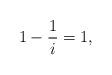
LaTeX: \begin{align*}1-\frac{1}{i}=1,\end{align*}